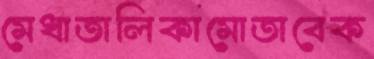
মেধাতালিকামোতাবেক